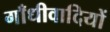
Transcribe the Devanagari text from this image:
गाँधीवादियों